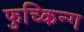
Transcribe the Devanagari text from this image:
फुच्किन्ग